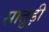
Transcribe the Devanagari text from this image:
सातुड़ी